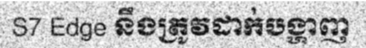
S7 Edge នឹងត្រូវដាក់បង្ហាញ